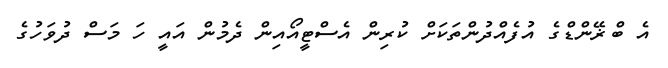
އެ ބްޜޭންޑްގެ އުފެއްދުންތަކަށް ކުރިން އެސްޓީއޯއިން ދެމުން އައީ ހަ މަސް ދުވަހުގެ